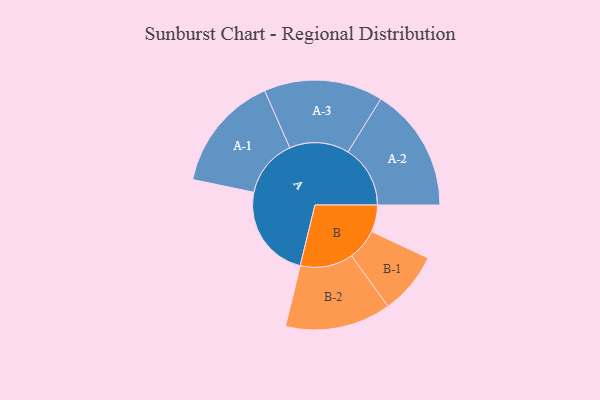
{"axis": {"x": "Segment", "y": "Value"}, "legend": ["", "A", "B"], "data": [{"x": "A", "y": 445, "type": ""}, {"x": "B", "y": 127, "type": ""}, {"x": "A-1", "y": 275, "type": "A"}, {"x": "A-2", "y": 294, "type": "A"}, {"x": "A-3", "y": 281, "type": "A"}, {"x": "B-1", "y": 147, "type": "B"}, {"x": "B-2", "y": 250, "type": "B"}]}